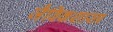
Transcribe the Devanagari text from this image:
जैविकशास्त्र